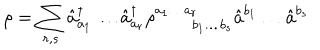
\rho = \sum _ { r , s } \hat { a } _ { a _ { 1 } } ^ { \dagger } \ldots \hat { a } _ { a _ { r } } ^ { \dagger } \rho _ { \quad \quad b _ { 1 } \ldots b _ { s } } ^ { a _ { 1 } \ldots a _ { r } } \hat { a } ^ { b _ { 1 } } \ldots \hat { a } ^ { b _ { s } }